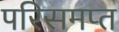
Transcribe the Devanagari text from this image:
परिसमप्‍त